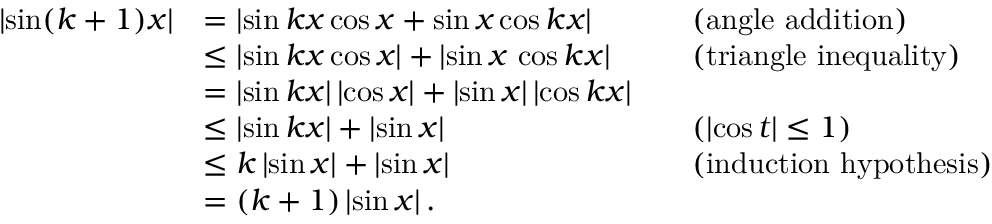
{ \begin{array} { r l r l } { \left| \sin ( k + 1 ) x \right| } & { = \left| \sin k x \cos x + \sin x \cos k x \right| } & & { { \mathrm { ( a n g l e ~ a d d i t i o n ) } } } \\ & { \leq \left| \sin k x \cos x \right| + \left| \sin x \, \cos k x \right| } & & { { \mathrm { ( t r i a n g l e ~ i n e q u a l i t y ) } } } \\ & { = \left| \sin k x \right| \left| \cos x \right| + \left| \sin x \right| \left| \cos k x \right| } \\ & { \leq \left| \sin k x \right| + \left| \sin x \right| } & & { ( \left| \cos t \right| \leq 1 ) } \\ & { \leq k \left| \sin x \right| + \left| \sin x \right| } & & { { \mathrm { ( i n d u c t i o n ~ h y p o t h e s i s } } ) } \\ & { = ( k + 1 ) \left| \sin x \right| . } \end{array} }